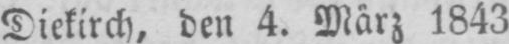
Diekirch, den 4. März 1843